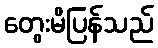
တွေးမိပြန်သည်